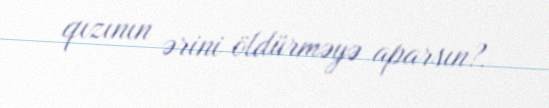
qızının ərini öldürməyə aparsın?.